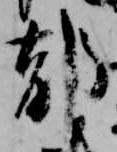
郁